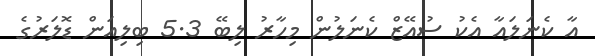
އާ ކެނަލައާ އެކު ސުއޭޒް ކެނަލުން މިހާރު ލިބޭ 5.3 ބިލިއަން ޑޮލަރުގެ